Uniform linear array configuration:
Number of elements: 64
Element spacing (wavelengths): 0.5
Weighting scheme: blackman
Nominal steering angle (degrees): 0
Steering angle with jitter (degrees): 0.9725
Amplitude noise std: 0.05
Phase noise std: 0.05

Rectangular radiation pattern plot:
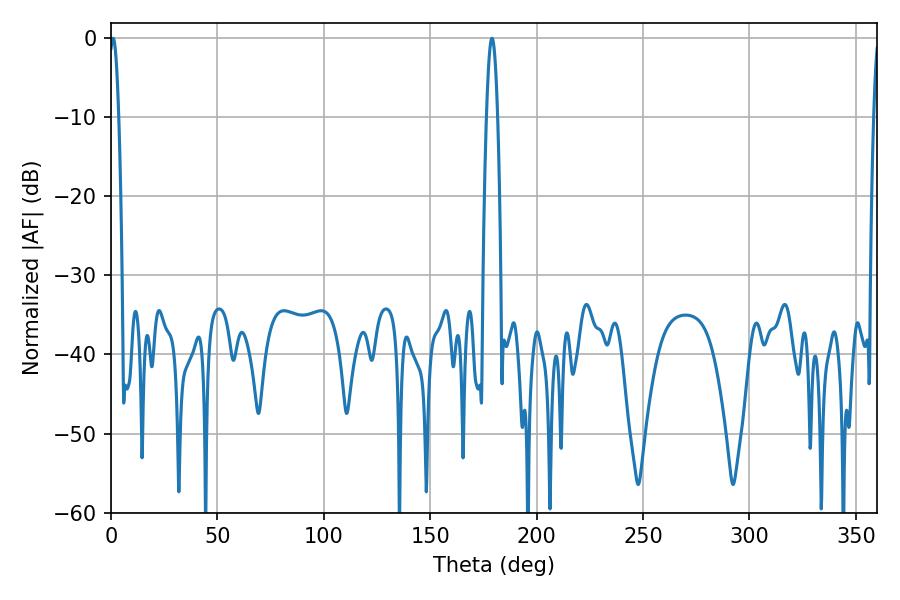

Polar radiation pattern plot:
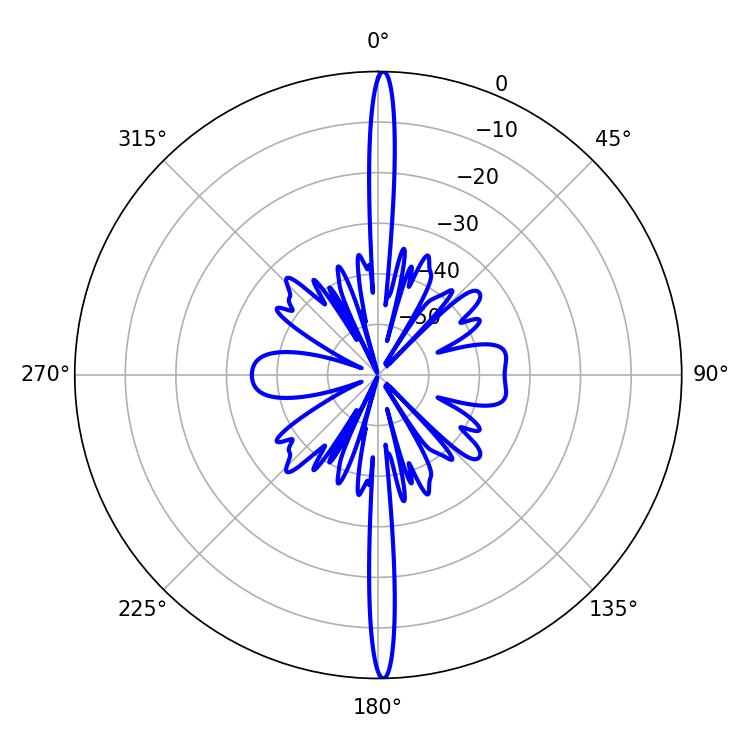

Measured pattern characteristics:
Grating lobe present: FALSE
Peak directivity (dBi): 30.08
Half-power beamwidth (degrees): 2.7
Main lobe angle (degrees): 179.1